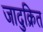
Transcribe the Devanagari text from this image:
जादुक्रित